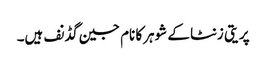
پریتی زنٹا کے شوہرکا نام جین گڈنف ہیں۔